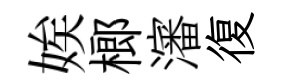
娭榔瀋復